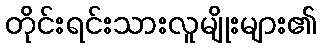
တိုင်းရင်းသားလူမျိုးများ၏